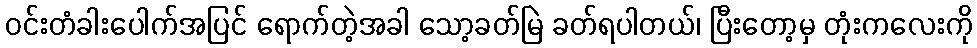
ဝင်းတံခါးပေါက်အပြင် ရောက်တဲ့အခါ သော့ခတ်မြဲ ခတ်ရပါတယ်၊ ပြီးတော့မှ တုံးကလေးကို